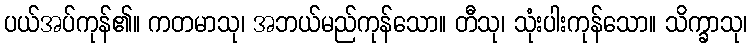
ပယ်အပ်ကုန်၏။ ကတမာသု၊ အဘယ်မည်ကုန်သော။ တီသု၊ သုံးပါးကုန်သော။ သိက္ခာသု၊